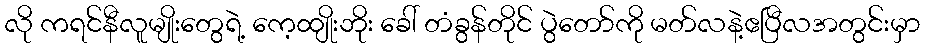
လို ကရင်နီလူမျိုးတွေရဲ့ ကေ့ထျိုးဘိုး ခေါ် တံခွန်တိုင် ပွဲတော်ကို မတ်လနဲ့ဧပြီလအတွင်းမှာ